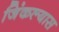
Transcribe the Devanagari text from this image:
जिंकल्यास